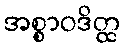
အစ္စာဝဒိတ္ထ